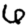
Digit: 6